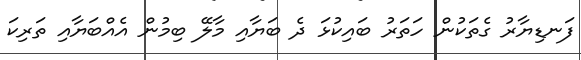
ފަނޑިޔާރު ގެތަކުން ހަތަރު ބައިކުޅަ ދެ ބަޔާއި މާލޭ ބިމުން އެއްބަޔާއި ތަރިކަ